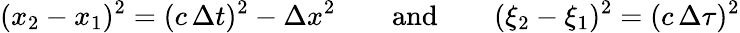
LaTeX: (x_{2}-x_{1})^{2}=(c\, \Delta t)^{2}-\Delta x^{2}\qquad\mathrm{and}\qquad(\xi_{2}-\xi_{1})^{2}=(c\, \Delta\tau)^{2}